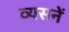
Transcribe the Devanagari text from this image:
व्यसनें